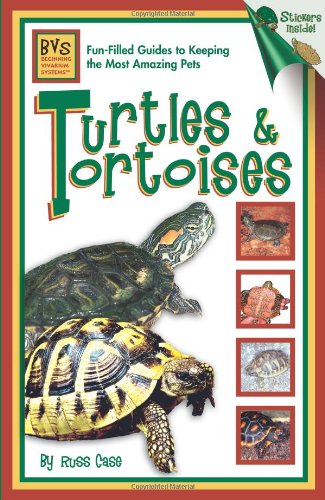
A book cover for Turtles & Tortoises (Beginning Vivarium Systems); Russ Case; Crafts, Hobbies & Home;